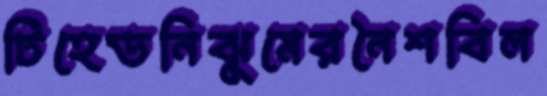
টিহেডনিঝুমেরনৈশবিল